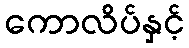
ကောလိပ်နှင့်